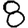
Digit: 8